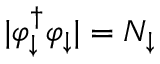
| \varphi _ { \downarrow } ^ { \dag } \varphi _ { \downarrow } | = N _ { \downarrow }